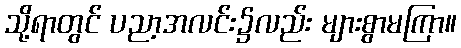
သို့ရာတွင် ပညာ့အလင်း၌လည်း များစွာမကြာ။